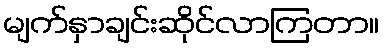
မျက်နှာချင်းဆိုင်လာကြတာ။